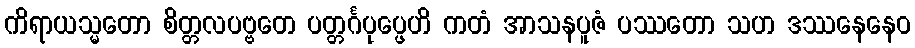
ကိရာယသ္မတော စိတ္တလပဗ္ဗတေ ပတ္တင်္ဂပုပ္ဖေဟိ ကတံ အာသနပူဇံ ပဿတော သဟ ဒဿနေနေဝ